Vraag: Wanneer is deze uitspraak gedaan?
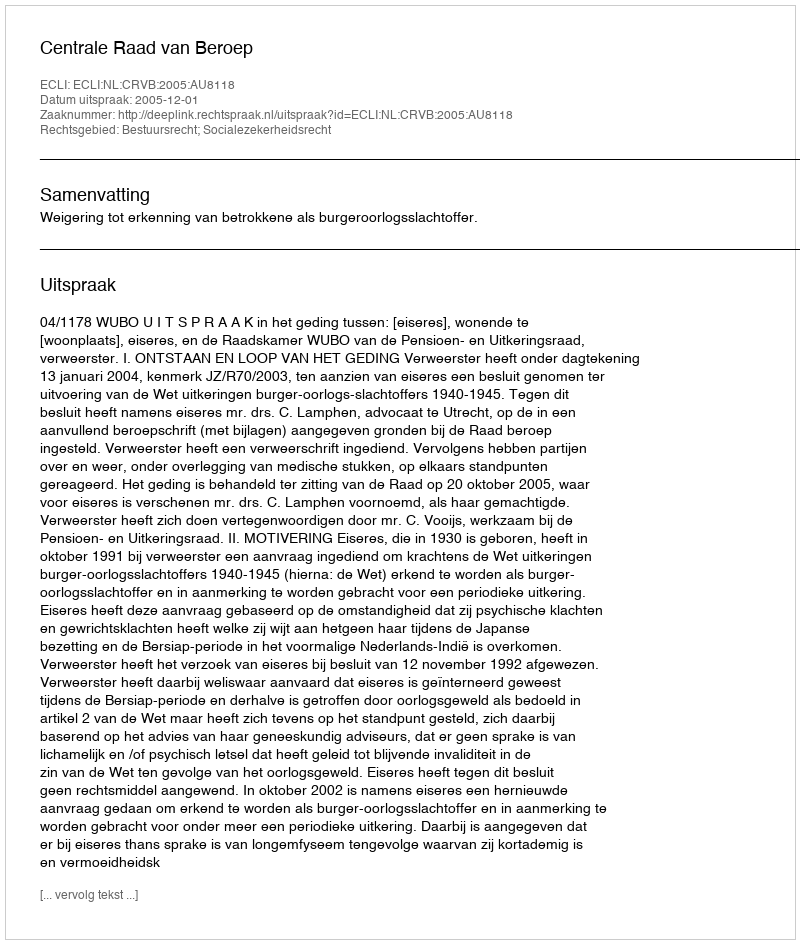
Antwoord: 2005-12-01